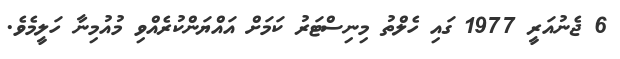
6 ޖެނުއަރީ 1977 ގައި ހެލްތު މިނިސްޓަރު ކަމަށް އައްޔަންކުރެއްވި މުއުމިނާ ހަލީމެވެ.